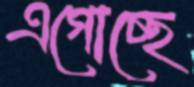
এগোচ্ছে